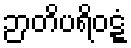
ဉာတိပရိဝဋ္ဋံ